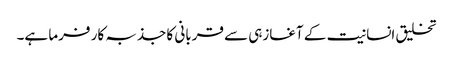
تخلیق انسانیت کے آغازہی سے قربانی کا جذبہ کار فرما ہے۔